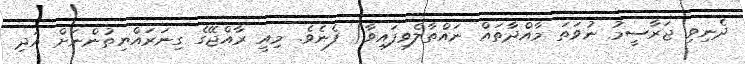
ދެނިވި ޖަރާސީމު ނުވަތަ މާއްދާތައް ނައްތާލެވިފައިވާ) ފެނެވެ. މިއީ ރާއްޖޭގެ ގިނަރައްޔިތުންނަށް އަދި